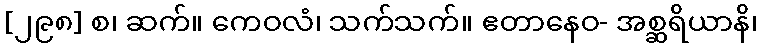
[၂၉၈] စ၊ ဆက်။ ကေဝလံ၊ သက်သက်။ ဧတာနေဝ- အစ္ဆရိယာနိ၊